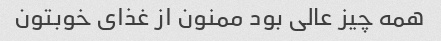
همه چیز عالی بود ممنون از غذای خوبتون